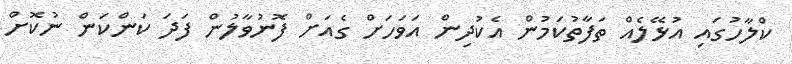
ކްލާހުގައި އުޅޭލެއް ތަފާތުކަމުން އެކުދިން އަވަހަށް ގެއަށް ފޮނުވާލުން ފަދަ ކަންކަން ނުކޮށް